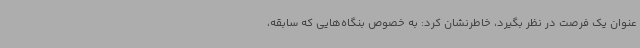
عنوان یک فرصت در نظر بگیرد، خاطرنشان کرد: به خصوص بنگاه‌هایی که سابقه،